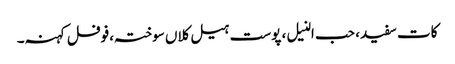
کات سفید، حب النیل، پوست ہیل کلاں سوختہ،فوفل کہنہ۔